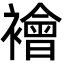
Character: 襘